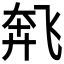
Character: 𫗌